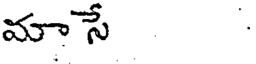
మాసే